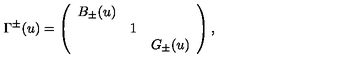
\Gamma ^ { \pm } ( u ) = \left( \begin{array} { c c c } { B _ { \pm } ( u ) } & { } & { } \\ { } & { 1 } & { } \\ { } & { } & { G _ { \pm } ( u ) } \\ \end{array} \right) ,